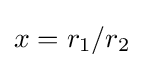
x=r_{1}/r_{2}